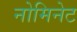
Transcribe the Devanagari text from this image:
नोमिनेट